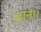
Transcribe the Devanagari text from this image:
जान।।